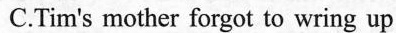
C.Tim's mother forgot to wring up